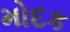
મોદક